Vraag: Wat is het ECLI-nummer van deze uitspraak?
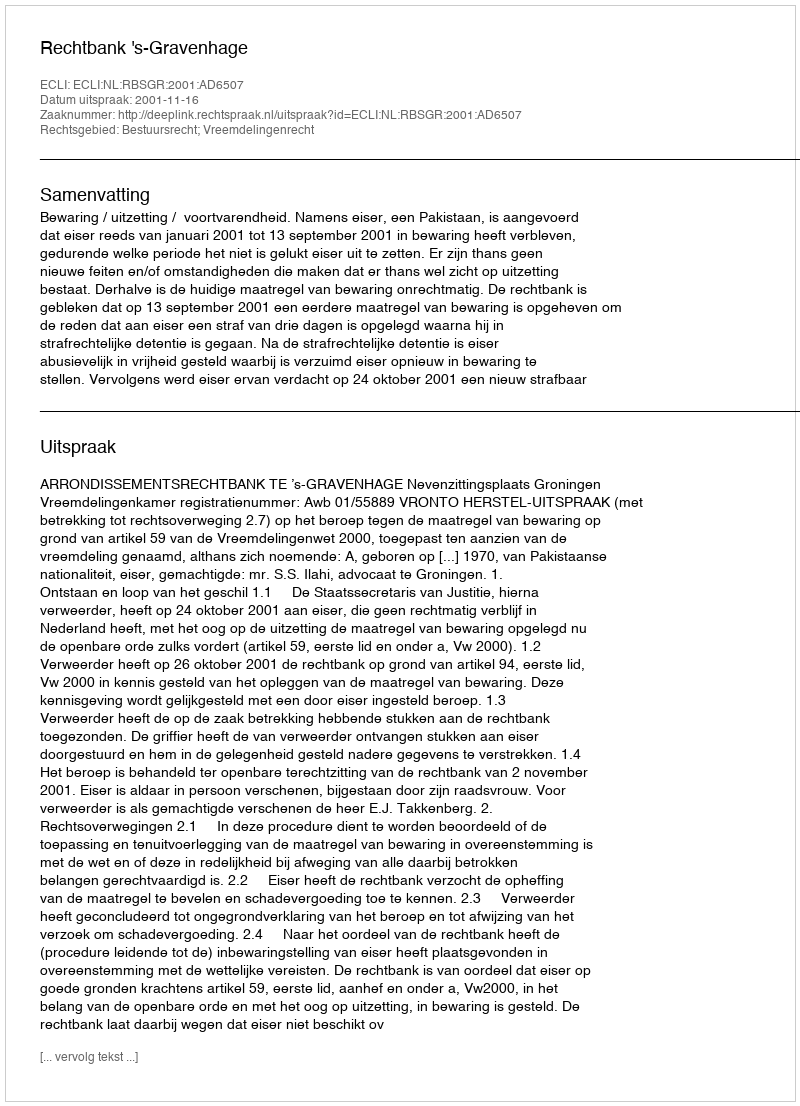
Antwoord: ECLI:NL:RBSGR:2001:AD6507